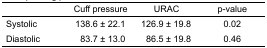
<table><thead><tr><td></td><td><b>Cuff pressure</b></td><td><b>URAC</b></td><td><b>p-value</b></td></tr></thead><tbody><tr><td>Systolic</td><td>138.6 ± 22.1</td><td>126.9 ± 19.8</td><td>0.02</td></tr><tr><td>Diastolic</td><td>83.7 ± 13.0</td><td>86.5 ± 19.8</td><td>0.46</td></tr></tbody></table>